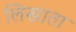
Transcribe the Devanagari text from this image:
लिखाता